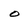
Character: O